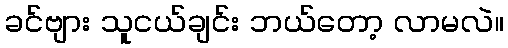
ခင်ဗျား သူငယ်ချင်း ဘယ်တော့ လာမလဲ။